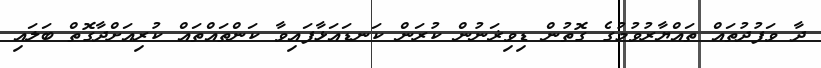
ދާ ވަފުދުތައް ތައްޔާރުވުމުގެ ގޮތުން ޑިވިޜަނުން ކުރަން ކަނޑައަޅާފައިވާ ކަންތައްތައް ކުރިއަށްދާގޮތް ބަލައި